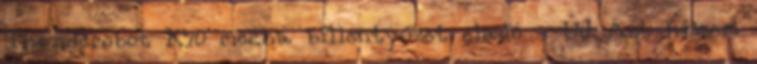
Thunderobot K70 mecha billentyűzet eladó - ÚJ Azt hiszem